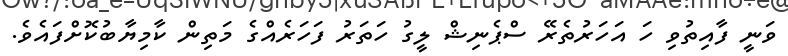
ވަނީ ފާއިތުވި ހަ އަހަރުތެރޭ ސްޕެނިޝް ލީގު ހަތަރު ފަހަރެއްގެ މަތިން ކާމިޔާބުކޮށްފައެވެ.